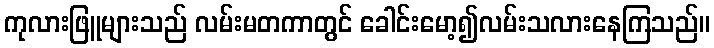
ကုလားဖြူများသည် လမ်းမတကာတွင် ခေါင်းမော့၍လမ်းသလားနေကြသည်။